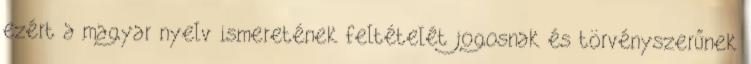
ezért a magyar nyelv ismeretének feltételét jogosnak és törvényszerűnek